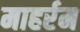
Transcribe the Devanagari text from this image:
माहर्रम